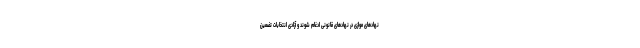
نهادهای موازی در نهادهای قانونی ادغام شوند و آزادی انتخابات تضمین